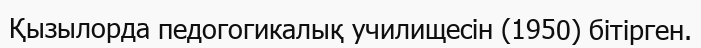
Қызылорда педогогикалық училищесін (1950) бітірген.